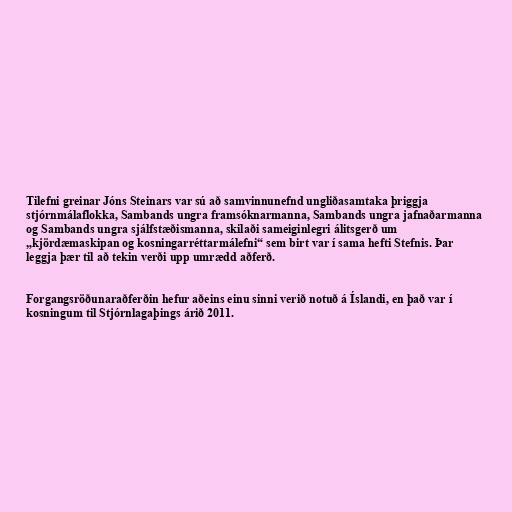
Tilefni greinar Jóns Steinars var sú að samvinnunefnd ungliðasamtaka þriggja
stjórnmálaflokka, Sambands ungra framsóknarmanna, Sambands ungra jafnaðarmanna
og Sambands ungra sjálfstæðismanna, skilaði sameiginlegri álitsgerð um
„kjördæmaskipan og kosningarréttarmálefni“ sem birt var í sama hefti Stefnis. Þar
leggja þær til að tekin verði upp umrædd aðferð.

Forgangsröðunaraðferðin hefur aðeins einu sinni verið notuð á Íslandi, en það var í
kosningum til Stjórnlagaþings árið 2011.